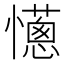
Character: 𢤄